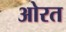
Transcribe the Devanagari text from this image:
ओरत